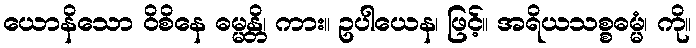
ယောနိသော ဝိစိနေ ဓမ္မန္တိ၊ ကား။ ဥပါယေန၊ ဖြင့်။ အရိယသစ္စဓမ္မံ၊ ကို။